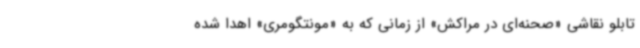
تابلو نقاشی «صحنه‌ای در مراکش» از زمانی که به «مونتگومری» اهدا شده